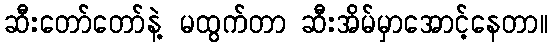
ဆီးတော်တော်နဲ့ မထွက်တာ ဆီးအိမ်မှာအောင့်နေတာ။